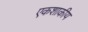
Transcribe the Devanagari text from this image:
एकशाकीय